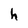
Character: h